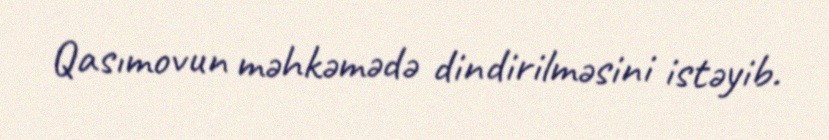
Qasımovun məhkəmədə dindirilməsini istəyib.